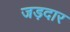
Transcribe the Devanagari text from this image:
जड़दार